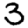
Digit: 3